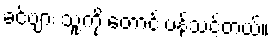
ခင်ဗျား သူ့ကို တောင်းပန်သင့်တယ်။